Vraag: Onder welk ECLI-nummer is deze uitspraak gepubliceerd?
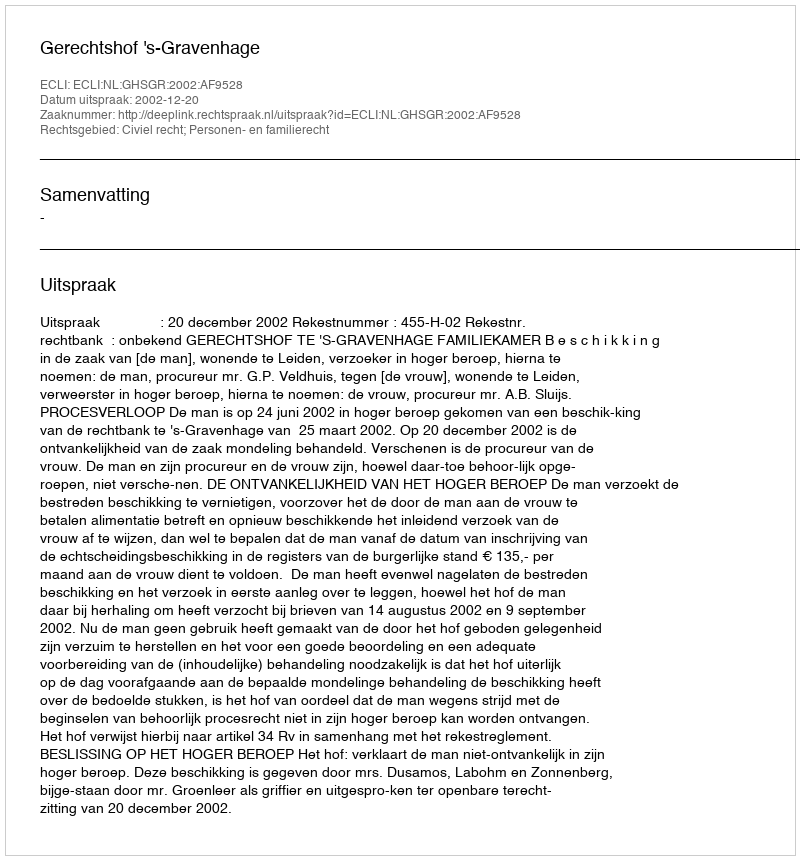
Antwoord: ECLI:NL:GHSGR:2002:AF9528